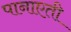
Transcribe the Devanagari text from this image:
पानाएती